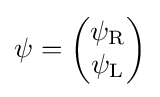
\psi ={\begin{pmatrix}\psi _{\mathrm {R} }\\\psi _{\mathrm {L} }\end{pmatrix}}